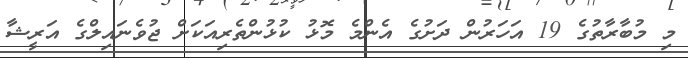
މި މުބާރާތުގެ 19 އަހަރުން ދަށުގެ އެންމެ މޮޅު ކުޅުންތެރިއަކަށް ޖުވެނައިލްގެ އަރީޝާ